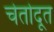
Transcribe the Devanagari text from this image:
चेतोदूत